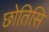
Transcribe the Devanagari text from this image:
छोतिसि